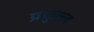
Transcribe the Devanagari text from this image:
प्रफुल्‍ल